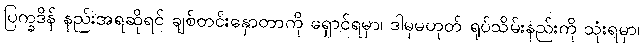
ပြက္ခဒိန် နည်းအရဆိုရင် ချစ်တင်းနှောတာကို ရှောင်ရမှာ၊ ဒါမှမဟုတ် ရုပ်သိမ်းနည်းကို သုံးရမှာ၊